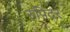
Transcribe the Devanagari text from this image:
रुपिंदर